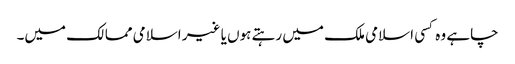
چاہے وہ کسی اسلامی ملک میں رہتے ہوں یا غیر اسلامی ممالک میں۔